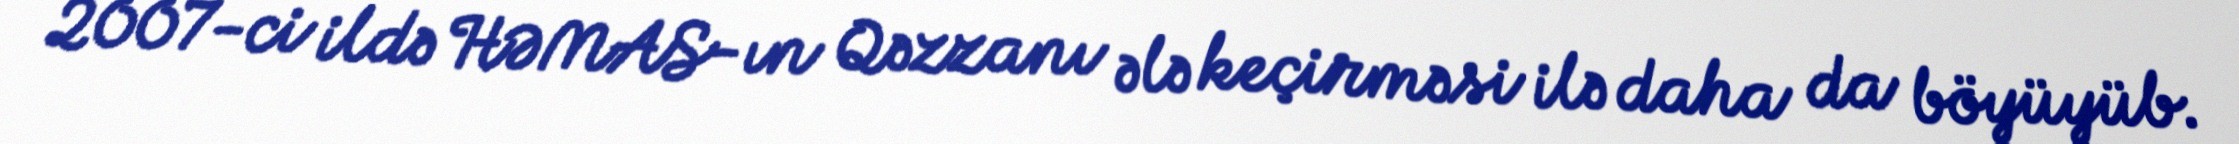
2007-ci ildə HƏMAS-ın Qəzzanı ələ keçirməsi ilə daha da böyüyüb.